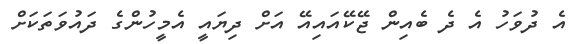
އެ ދުވަހު އެ ދެ ބެއިން ޖޭކޭއައިއޭ އަށް ދިޔައީ އެމީހުންގެ ދައުވަތަކަށް